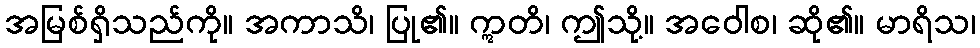
အမြစ်ရှိသည်ကို။ အကာသိ၊ ပြု၏။ ဣတိ၊ ဤသို့။ အဝေါစ၊ ဆို၏။ မာရိသ၊